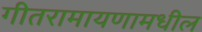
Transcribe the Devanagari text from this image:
गीतरामायणामधील